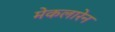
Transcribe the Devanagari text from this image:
मेकलारेन